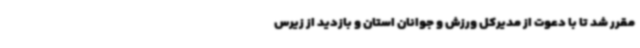
مقرر شد تا با دعوت از مدیرکل ورزش و جوانان استان و بازدید از زیرس